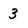
Character: 3